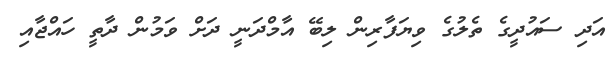
އަދި ސައުދީގެ ތެލުގެ ވިޔަފާރިން ލިބޭ އާމްދަނީ ދަށް ވަމުން ދާތީ ހައްޖާއި